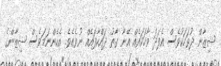
ޝިޒާން ދުވަހަކުވެސް އެފަދަ ވާހަކައެއް އޭނާ ގާތު ދައްކާފައެއް ނުވެއެވެ. އެހެންނަމަވެސް ޝިޒާންގެ